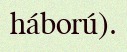
háború).